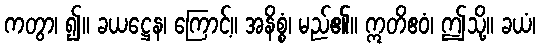
ကတွာ၊ ၍။ ခယဋ္ဌေန၊ ကြောင့်။ အနိစ္စံ၊ မည်၏။ ဣတိဧဝံ၊ ဤသို့။ ခယံ၊